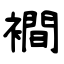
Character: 襇